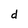
Character: d